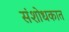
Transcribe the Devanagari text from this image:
संशोधकात